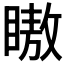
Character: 𬑞